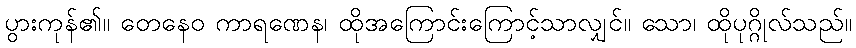
ပွားကုန်၏။ တေနေဝ ကာရဏေန၊ ထိုအကြောင်းကြောင့်သာလျှင်။ သော၊ ထိုပုဂ္ဂိုလ်သည်။